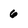
Character: 6